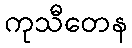
ကုသီတေန